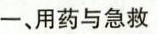
一、用药与急救